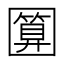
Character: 𭍵